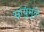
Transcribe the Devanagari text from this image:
स्नायुंमुळे